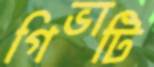
গিভাটি